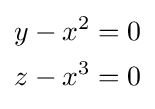
{\begin{aligned}y-x^{2}&=0\\z-x^{3}&=0\end{aligned}}